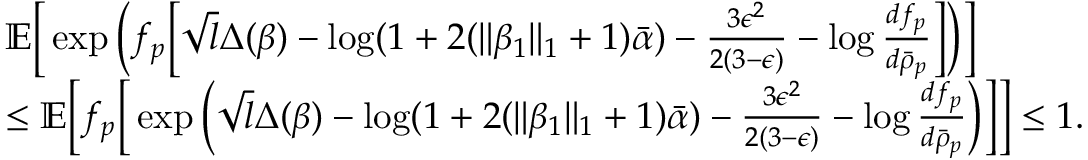
\begin{array} { r l } & { \mathbb { E } \Big [ \exp \Big ( f _ { p } \Big [ \sqrt { l } \Delta ( \beta ) - \log ( 1 + 2 ( \| \beta _ { 1 } \| _ { 1 } + 1 ) \bar { \alpha } ) - \frac { 3 \epsilon ^ { 2 } } { 2 ( 3 - \epsilon ) } - \log \frac { d f _ { p } } { d \bar { \rho } _ { p } } \Big ] \Big ) \Big ] } \\ & { \leq \mathbb { E } \Big [ f _ { p } \Big [ \exp \Big ( \sqrt { l } \Delta ( \beta ) - \log ( 1 + 2 ( \| \beta _ { 1 } \| _ { 1 } + 1 ) \bar { \alpha } ) - \frac { 3 \epsilon ^ { 2 } } { 2 ( 3 - \epsilon ) } - \log \frac { d f _ { p } } { d \bar { \rho } _ { p } } \Big ) \Big ] \Big ] \leq 1 . } \end{array}